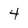
Character: 4